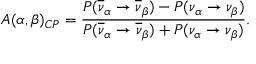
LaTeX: A ( \alpha , \beta ) _ { \scriptsize C P } = \frac { P ( \overline { { { \nu } } } _ { \alpha } \rightarrow \overline { { { \nu } } } _ { \beta } ) - P ( \nu _ { \alpha } \rightarrow \nu _ { \beta } ) } { P ( \overline { { { \nu } } } _ { \alpha } \rightarrow \overline { { { \nu } } } _ { \beta } ) + P ( \nu _ { \alpha } \rightarrow \nu _ { \beta } ) } .